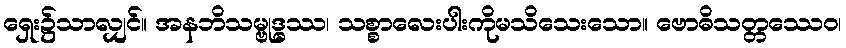
ရှေး၌သာလျှင်။ အနဘိသမ္ဗုဒ္ဓဿ၊ သစ္စာလေးပါးကိုမသိသေးသော။ ဗောဓိသတ္တဿေဝ၊